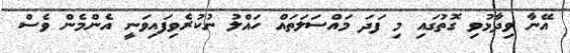
އޭނާ ވިދާޅުވި ގޮތުގައި މި ފަދަ މައްސަލަތައް ހައްލު ނުކުރެވިފައިވަނީ އެންމެން ވެސް